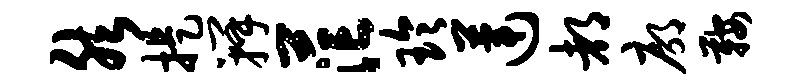
然提瓣茫玲莲都廓鞍